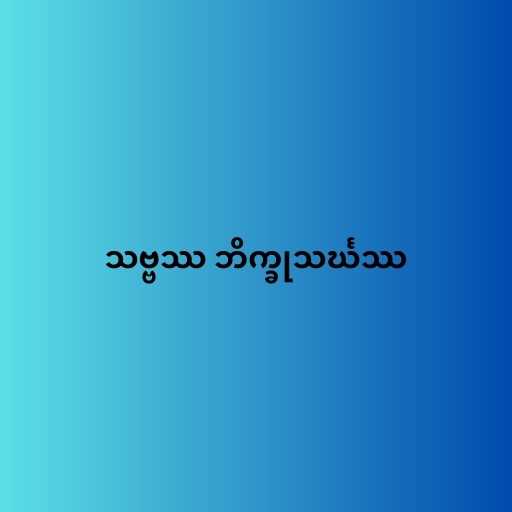
သဗ္ဗဿ ဘိက္ခုသင်္ဃဿ